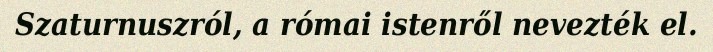
Szaturnuszról, a római istenről nevezték el.